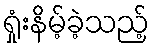
ရှုံးနိမ့်ခဲ့သည့်